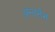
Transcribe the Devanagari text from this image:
अन्तर्नभ